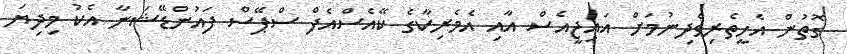
ގޮތުން އެހީތެރިވެދިނުމަށް އައިޖީއެސް އާއި އެމެރިކާގެ ކޭއެސްއެފް ސްޕޭސް ފައުންޑޭޝަނާ އެކު މިދިޔަ